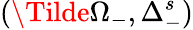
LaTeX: (\Tilde{\Omega}_{-},\Delta_{-}^{s})